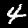
Label: 4